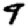
Digit: 9